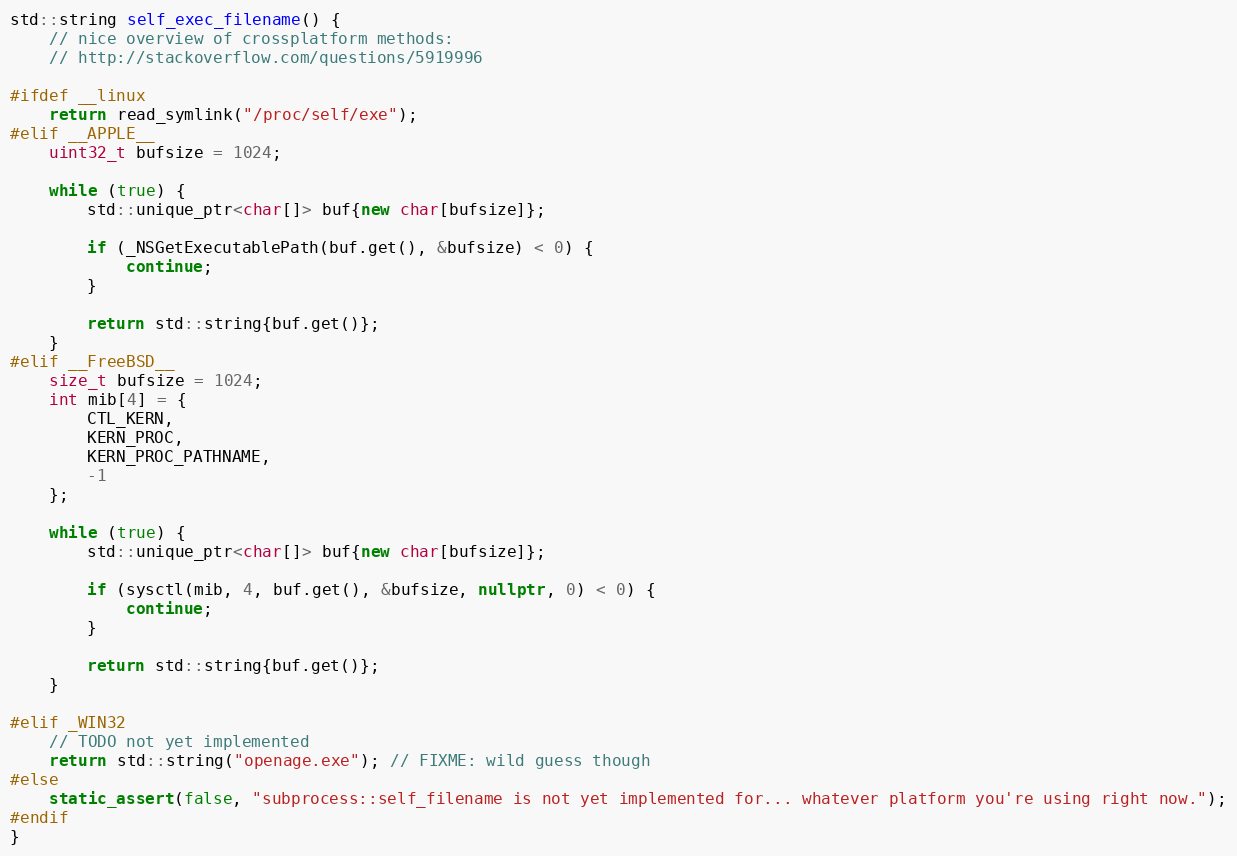
Language: C++
std::string self_exec_filename() {
	// nice overview of crossplatform methods:
	// http://stackoverflow.com/questions/5919996

#ifdef __linux
	return read_symlink("/proc/self/exe");
#elif __APPLE__
	uint32_t bufsize = 1024;

	while (true) {
		std::unique_ptr<char[]> buf{new char[bufsize]};

		if (_NSGetExecutablePath(buf.get(), &bufsize) < 0) {
			continue;
		}

		return std::string{buf.get()};
	}
#elif __FreeBSD__
	size_t bufsize = 1024;
	int mib[4] = {
		CTL_KERN,
		KERN_PROC,
		KERN_PROC_PATHNAME,
		-1
	};

	while (true) {
		std::unique_ptr<char[]> buf{new char[bufsize]};

		if (sysctl(mib, 4, buf.get(), &bufsize, nullptr, 0) < 0) {
			continue;
		}

		return std::string{buf.get()};
	}

#elif _WIN32
	// TODO not yet implemented
	return std::string("openage.exe"); // FIXME: wild guess though
#else
	static_assert(false, "subprocess::self_filename is not yet implemented for... whatever platform you're using right now.");
#endif
}